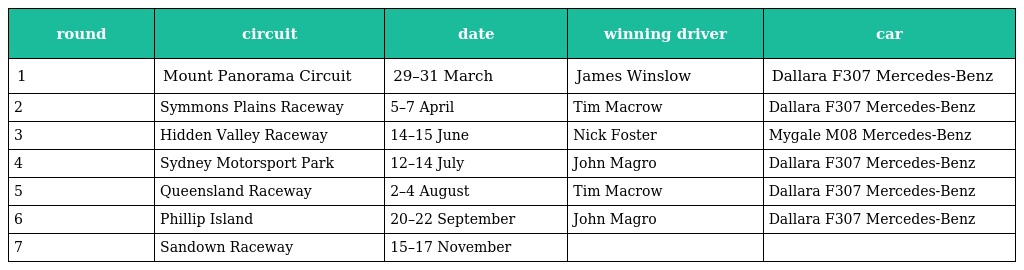
| round | circuit | date | winning driver | car |
 | --- | --- | --- | --- | --- |
 | 1 | Mount Panorama Circuit | 29–31 March | James Winslow | Dallara F307 Mercedes-Benz |
 | 2 | Symmons Plains Raceway | 5–7 April | Tim Macrow | Dallara F307 Mercedes-Benz |
 | 3 | Hidden Valley Raceway | 14–15 June | Nick Foster | Mygale M08 Mercedes-Benz |
 | 4 | Sydney Motorsport Park | 12–14 July | John Magro | Dallara F307 Mercedes-Benz |
 | 5 | Queensland Raceway | 2–4 August | Tim Macrow | Dallara F307 Mercedes-Benz |
 | 6 | Phillip Island | 20–22 September | John Magro | Dallara F307 Mercedes-Benz |
 | 7 | Sandown Raceway | 15–17 November |  |  |